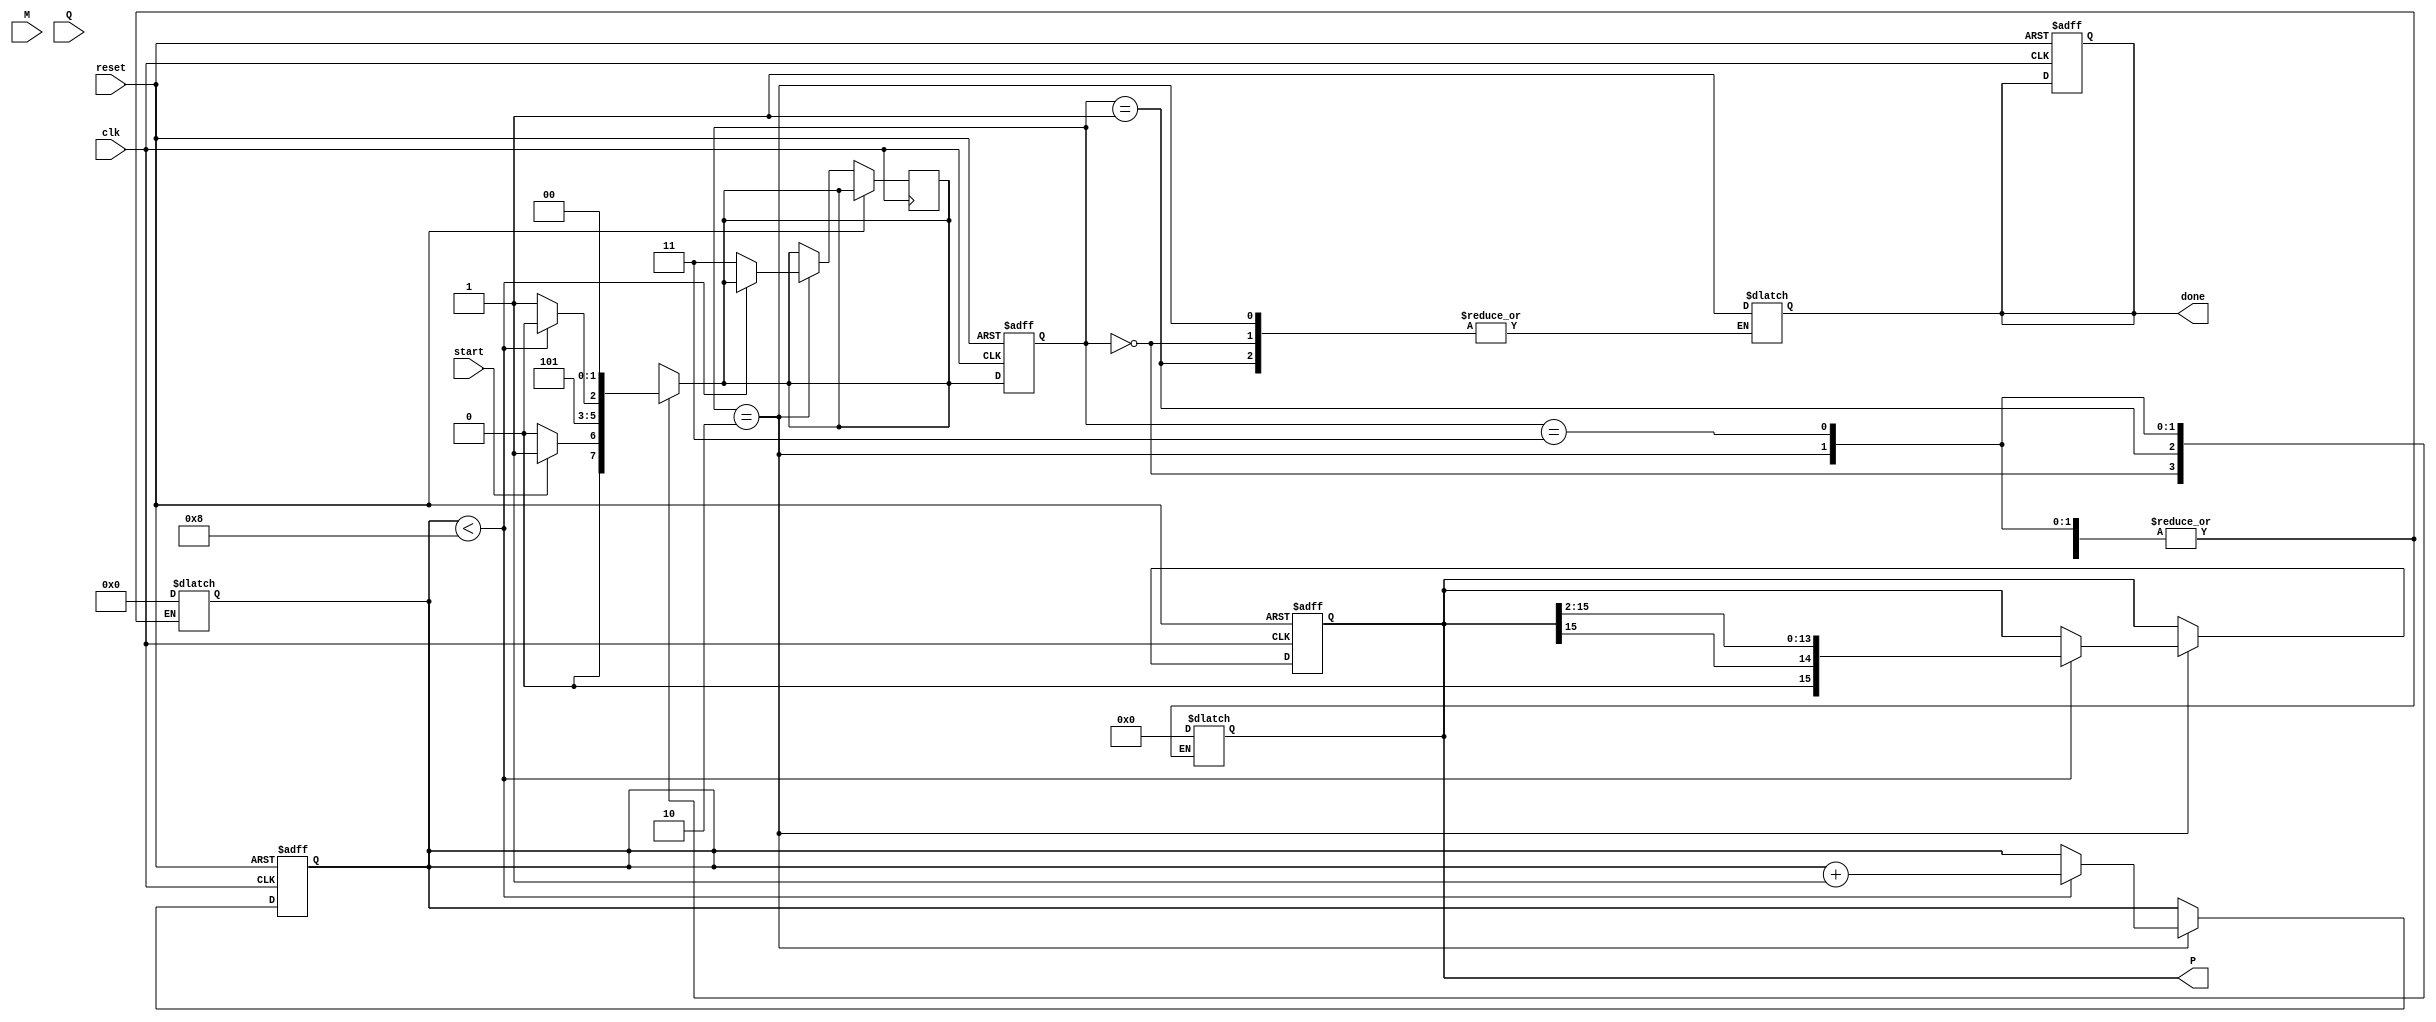
module booth_multiplier #(parameter WIDTH = 8) (
    input wire clk,
    input wire reset,
    input wire start,
    input wire signed [WIDTH-1:0] M,  // Multiplicand
    input wire signed [WIDTH-1:0] Q,  // Multiplier
    output reg signed [2*WIDTH-1:0] P, // Product
    output reg done
);

    reg signed [WIDTH-1:0] A;      // A Register
    reg signed [WIDTH-1:0] Q_reg;   // Q Register
    reg Q_minus_1;                  // Q-1 Register
    reg [3:0] count;                // Counter for iterations
    reg [2*WIDTH-1:0] temp;         // Temporary variable for addition/subtraction

    // State Definitions
    localparam IDLE = 2'b00,
               INIT = 2'b01,
               EXECUTE = 2'b10,
               DONE = 2'b11;

    reg [1:0] state, next_state;

    // Sequential Logic
    always @(posedge clk or posedge reset) begin
        if (reset) begin
            state <= IDLE;
            P <= 0;
            A <= 0;
            Q_reg <= 0;
            Q_minus_1 <= 0;
            count <= 0;
            done <= 0;
        end else begin
            state <= next_state;
            if (state == EXECUTE) begin
                if (count < WIDTH) begin
                    // Perform the Booth's algorithm operations
                    case ({Q_reg[0], Q_minus_1})
                        2'b01: begin
                            // Add M to P
                            temp = {P[2*WIDTH-1], P[2*WIDTH-1:1]} + {1'b0, M, 1'b0};
                            P <= temp;
                        end
                        2'b10: begin
                            // Subtract M from P
                            temp = {P[2*WIDTH-1], P[2*WIDTH-1:1]} - {1'b0, M, 1'b0};
                            P <= temp;
                        end
                        2'b00, 2'b11: begin
                            // No operation
                        end
                    endcase

                    // Right arithmetic shift
                    {P, Q_reg} <= {P[2*WIDTH-1], P[2*WIDTH-1:1], Q_reg[WIDTH-1:1]};
                    Q_minus_1 <= Q_reg[0];
                    Q_reg <= {Q_reg[WIDTH-1:1], 1'b0}; // Shift Q
                    count <= count + 1;
                end else begin
                    next_state <= DONE;
                end
            end
        end
    end

    // Next State Logic
    always @* begin
        case (state)
            IDLE: begin
                if (start) begin
                    next_state = INIT;
                end else begin
                    next_state = IDLE;
                end
            end
            INIT: begin
                A = M;               // Load Multiplicand into A
                Q_reg = Q;          // Load Multiplier into Q
                Q_minus_1 = 0;      // Initialize Q-1
                P = 0;              // Initialize Product
                count = 0;          // Reset counter
                next_state = EXECUTE;
            end
            EXECUTE: begin
                if (count < WIDTH) begin
                    next_state = EXECUTE;
                end else begin
                    next_state = DONE;
                end
            end
            DONE: begin
                done = 1;           // Signal that multiplication is complete
                next_state = IDLE;  // Go back to IDLE state
            end
            default: next_state = IDLE;
        endcase
    end

endmodule